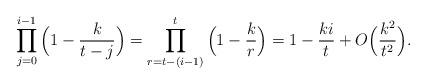
LaTeX: \begin{align*}\prod_{j=0}^{i-1}\Big(1-\frac{k}{t-j}\Big)=\prod_{r=t-(i-1)}^{t}\Big(1-\frac{k}{r}\Big)=1-\frac{ki}{t}+O\Big(\frac{k^2}{t^2}\Big).\end{align*}